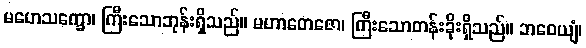
မဟေသက္ခော၊ ကြီးသောဘုန်းရှိသည်။ မဟာတေဇော၊ ကြီးသောတန်းခိုးရှိသည်။ ဘဝေယျံ၊